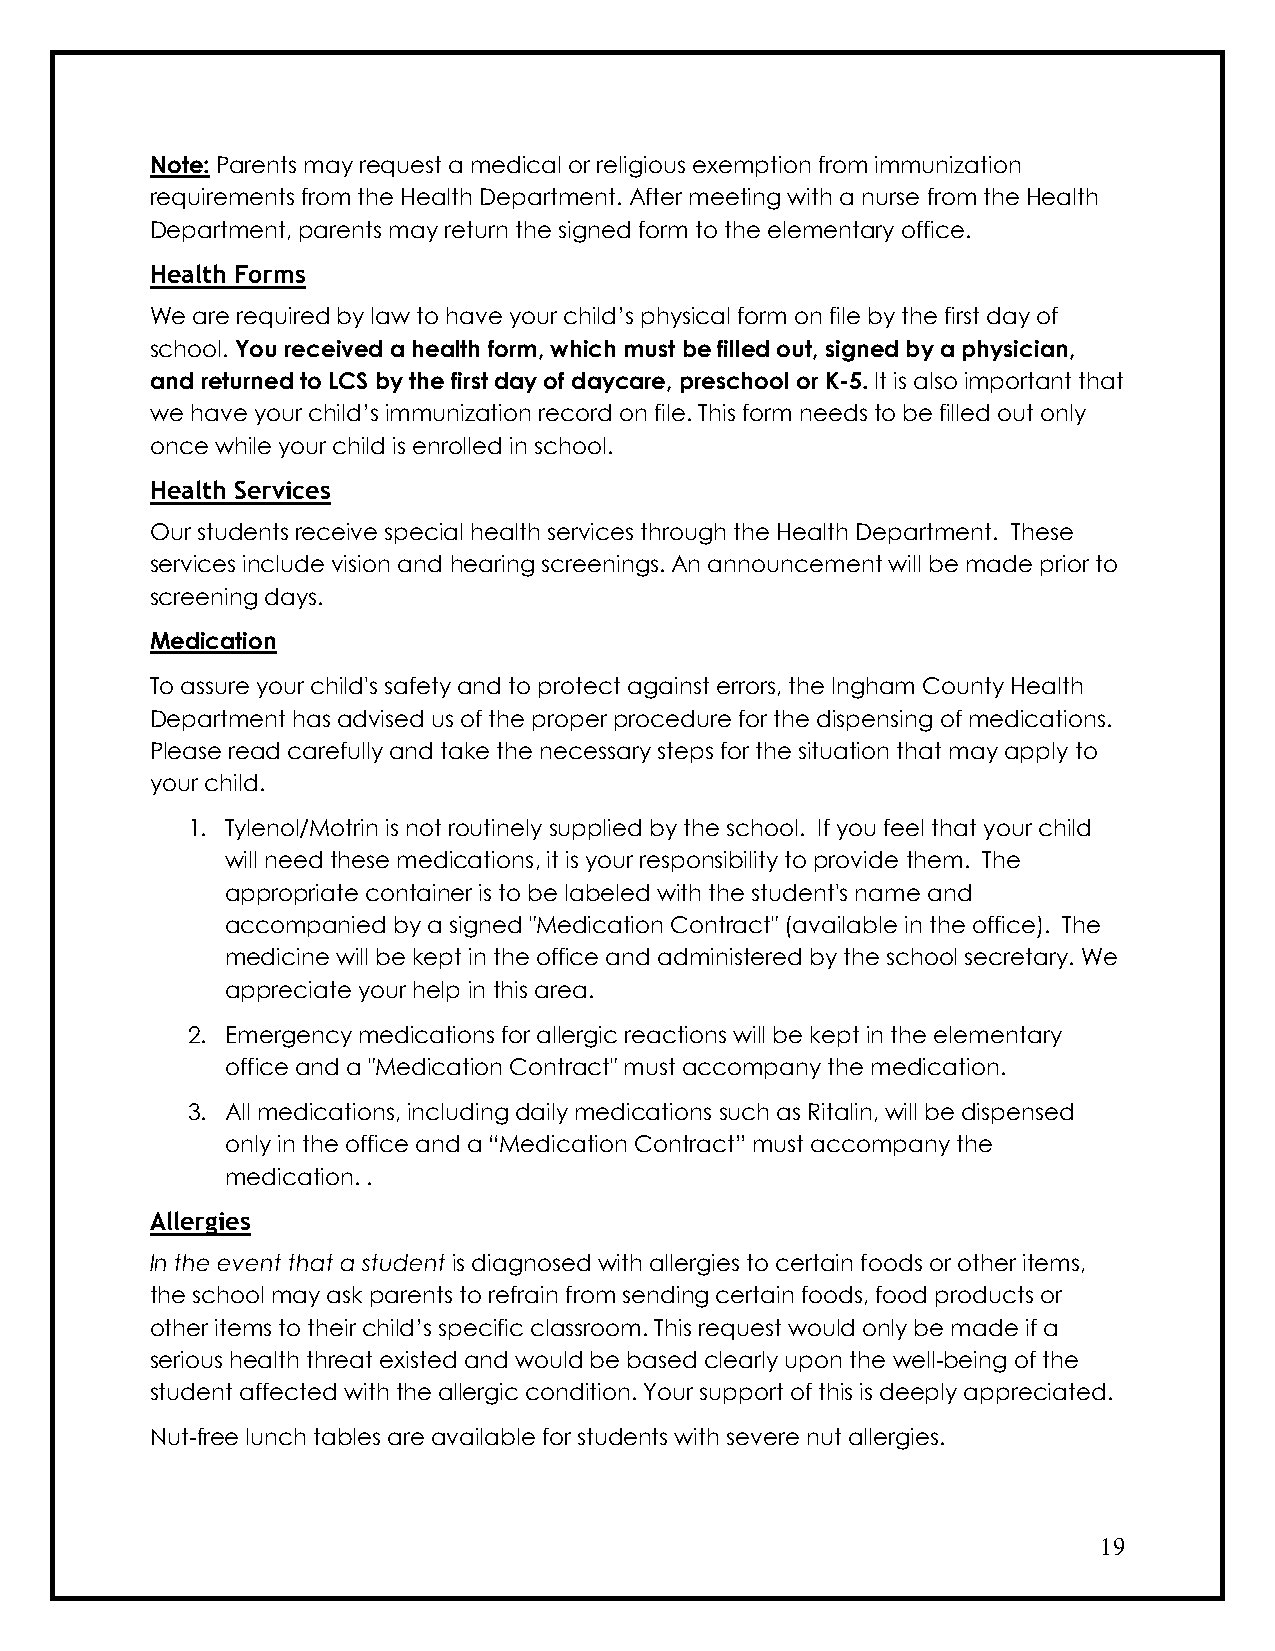
Note: Parents may request a medical or religious exemption from immunization
 requirements from the Health Department. After meeting with a nurse from the Health
 Department, parents may return the signed form to the elementary office.
 Health Forms
 We are required by law to have your child’s physical form on file by the first day of
 school. You received a health form, which must be filled out, signed by a physician,
 and returned to LCS by the first day of daycare, preschool or K-5. It is also important that
 we have your child’s immunization record on file. This form needs to be filled out only
 once while your child is enrolled in school.
 Health Services
 Our students receive special health services through the Health Department. These
 services include vision and hearing screenings. An announcement will be made prior to
 screening days.
 Medication
 To assure your child's safety and to protect against errors, the Ingham County Health
 Department has advised us of the proper procedure for the dispensing of medications.
 Please read carefully and take the necessary steps for the situation that may apply to
 your child.
 1. Tylenol/Motrin is not routinely supplied by the school. If you feel that your child
 will need these medications, it is your responsibility to provide them. The
 appropriate container is to be labeled with the student's name and
 accompanied by a signed "Medication Contract" (available in the office). The
 medicine will be kept in the office and administered by the school secretary. We
 appreciate your help in this area.
 2. Emergency medications for allergic reactions will be kept in the elementary
 office and a "Medication Contract" must accompany the medication.
 3. All medications, including daily medications such as Ritalin, will be dispensed
 only in the office and a “Medication Contract” must accompany the
 medication. .
 Allergies
 In the event that a student is diagnosed with allergies to certain foods or other items,
 the school may ask parents to refrain from sending certain foods, food products or
 other items to their child’s specific classroom. This request would only be made if a
 serious health threat existed and would be based clearly upon the well-being of the
 student affected with the allergic condition. Your support of this is deeply appreciated.
 Nut-free lunch tables are available for students with severe nut allergies.
 19